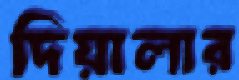
দিয়ালার